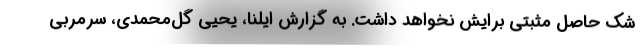
شک حاصل مثبتی برایش نخواهد داشت. به گزارش ایلنا، یحیی گل‌محمدی، سرمربی